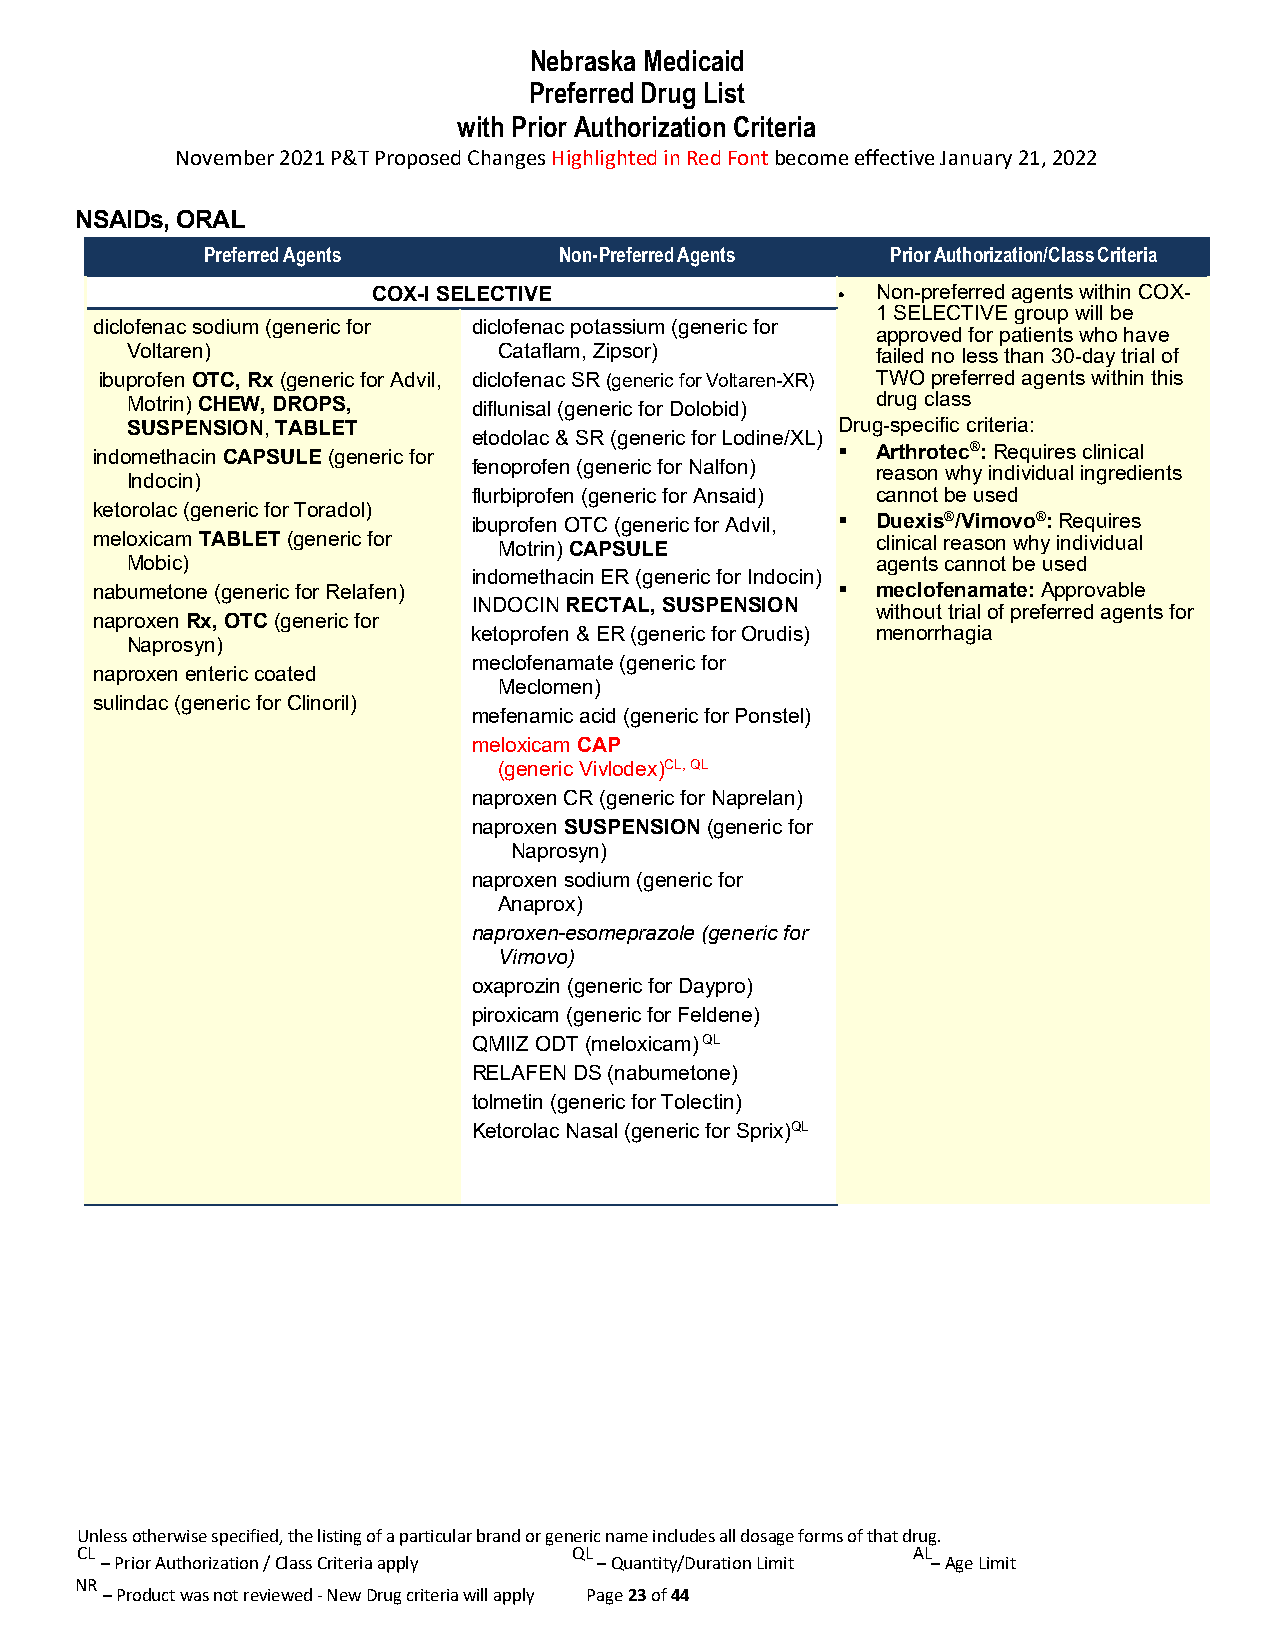
Nebraska Medicaid
 Preferred Drug List
 with Prior Authorization Criteria
 November 2021 P&T Proposed Changes Highlighted in Red Font become effective January 21, 2022
 NSAIDs, ORAL
 Preferred Agents        Non-Preferred Agents  Prior Authorization/Class Criteria
 COX-I SELECTIVE                • Non-preferred agents within COX-
 1 SELECTIVE group will be
 diclofenac sodium (generic for diclofenac potassium (generic for
 approved for patients who have
 Voltaren)                Cataflam, Zipsor)        failed no less than 30-day trial of
 ibuprofen OTC, Rx (generic for Advil, diclofenac SR (generic for Voltaren-XR) TWO preferred agents within this
 Motrin) CHEW, DROPS,   diflunisal (generic for Dolobid) drug class
 SUSPENSION, TABLET                              Drug-specific criteria:
 etodolac & SR (generic for Lodine/XL)
 indomethacin CAPSULE (generic for                  Arthrotec®: Requires clinical
 fenoprofen (generic for Nalfon) reason why individual ingredients
 Indocin)
 flurbiprofen (generic for Ansaid) cannot be used
 ketorolac (generic for Toradol)
 ibuprofen OTC (generic for Advil,  Duexis®/Vimovo®: Requires
 meloxicam TABLET (generic for                       clinical reason why individual
 Motrin) CAPSULE
 Mobic)                                            agents cannot be used
 indomethacin ER (generic for Indocin)
 nabumetone (generic for Relafen)                   meclofenamate: Approvable
 INDOCIN RECTAL, SUSPENSION without trial of preferred agents for
 naproxen Rx, OTC (generic for
 ketoprofen & ER (generic for Orudis) menorrhagia
 Naprosyn)
 meclofenamate (generic for
 naproxen enteric coated
 Meclomen)
 sulindac (generic for Clinoril)
 mefenamic acid (generic for Ponstel)
 meloxicam CAP
 (generic Vivlodex)CL, QL
 naproxen CR (generic for Naprelan)
 naproxen SUSPENSION (generic for
 Naprosyn)
 naproxen sodium (generic for
 Anaprox)
 naproxen-esomeprazole (generic for
 Vimovo)
 oxaprozin (generic for Daypro)
 piroxicam (generic for Feldene)
 QMIIZ ODT (meloxicam) QL
 RELAFEN DS (nabumetone)
 tolmetin (generic for Tolectin)
 Ketorolac Nasal (generic for Sprix)QL
 Unless otherwise specified, the listing of a particular brand or generic name includes all dosage forms of that drug.
 CL                               QL                    AL
 – Prior Authorization / Class Criteria apply – Quantity/Duration Limit – Age Limit
 NR
 – Product was not reviewed - New Drug criteria will apply Page 23 of 44